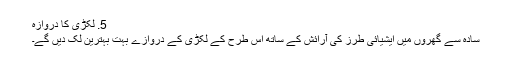
5. ​لکڑی کا دروازہ
سادہ سے گھروں میں ایشیائی طرز کی آرائش کے ساتھ اس طرح کے لکڑی کے دروازے بہت بہترین لک دیں گے۔